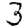
Digit: 3